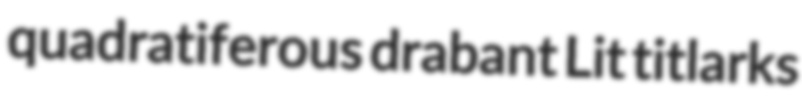
quadratiferous drabant Lit titlarks